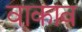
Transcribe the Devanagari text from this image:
वाकाव